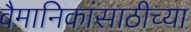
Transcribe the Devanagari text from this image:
वैमानिकांसाठीच्या